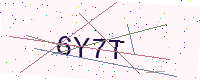
Text: 6Y7T